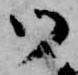
御